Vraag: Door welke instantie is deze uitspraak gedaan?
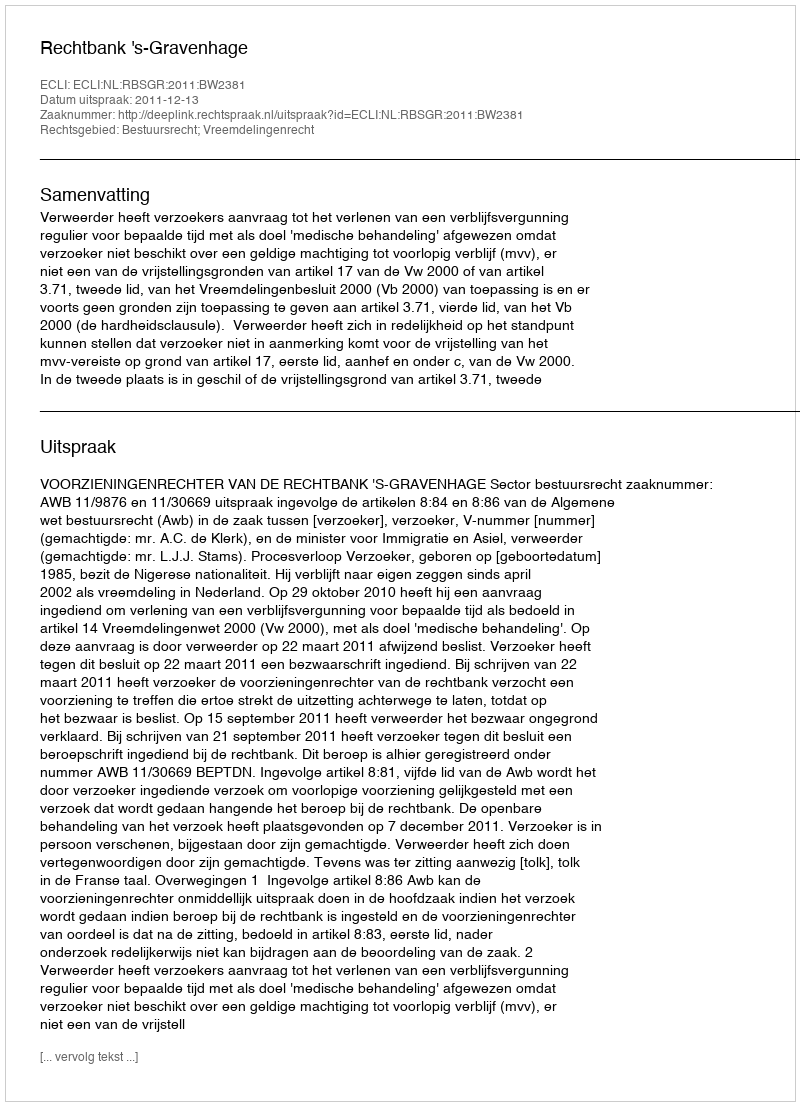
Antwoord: Rechtbank 's-Gravenhage